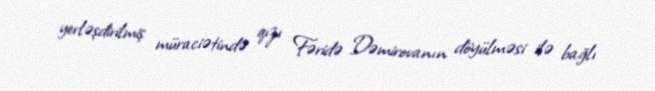
yerləşdirilmiş müraciətində qızı Fəridə Dəmirovanın döyülməsi ilə bağlı